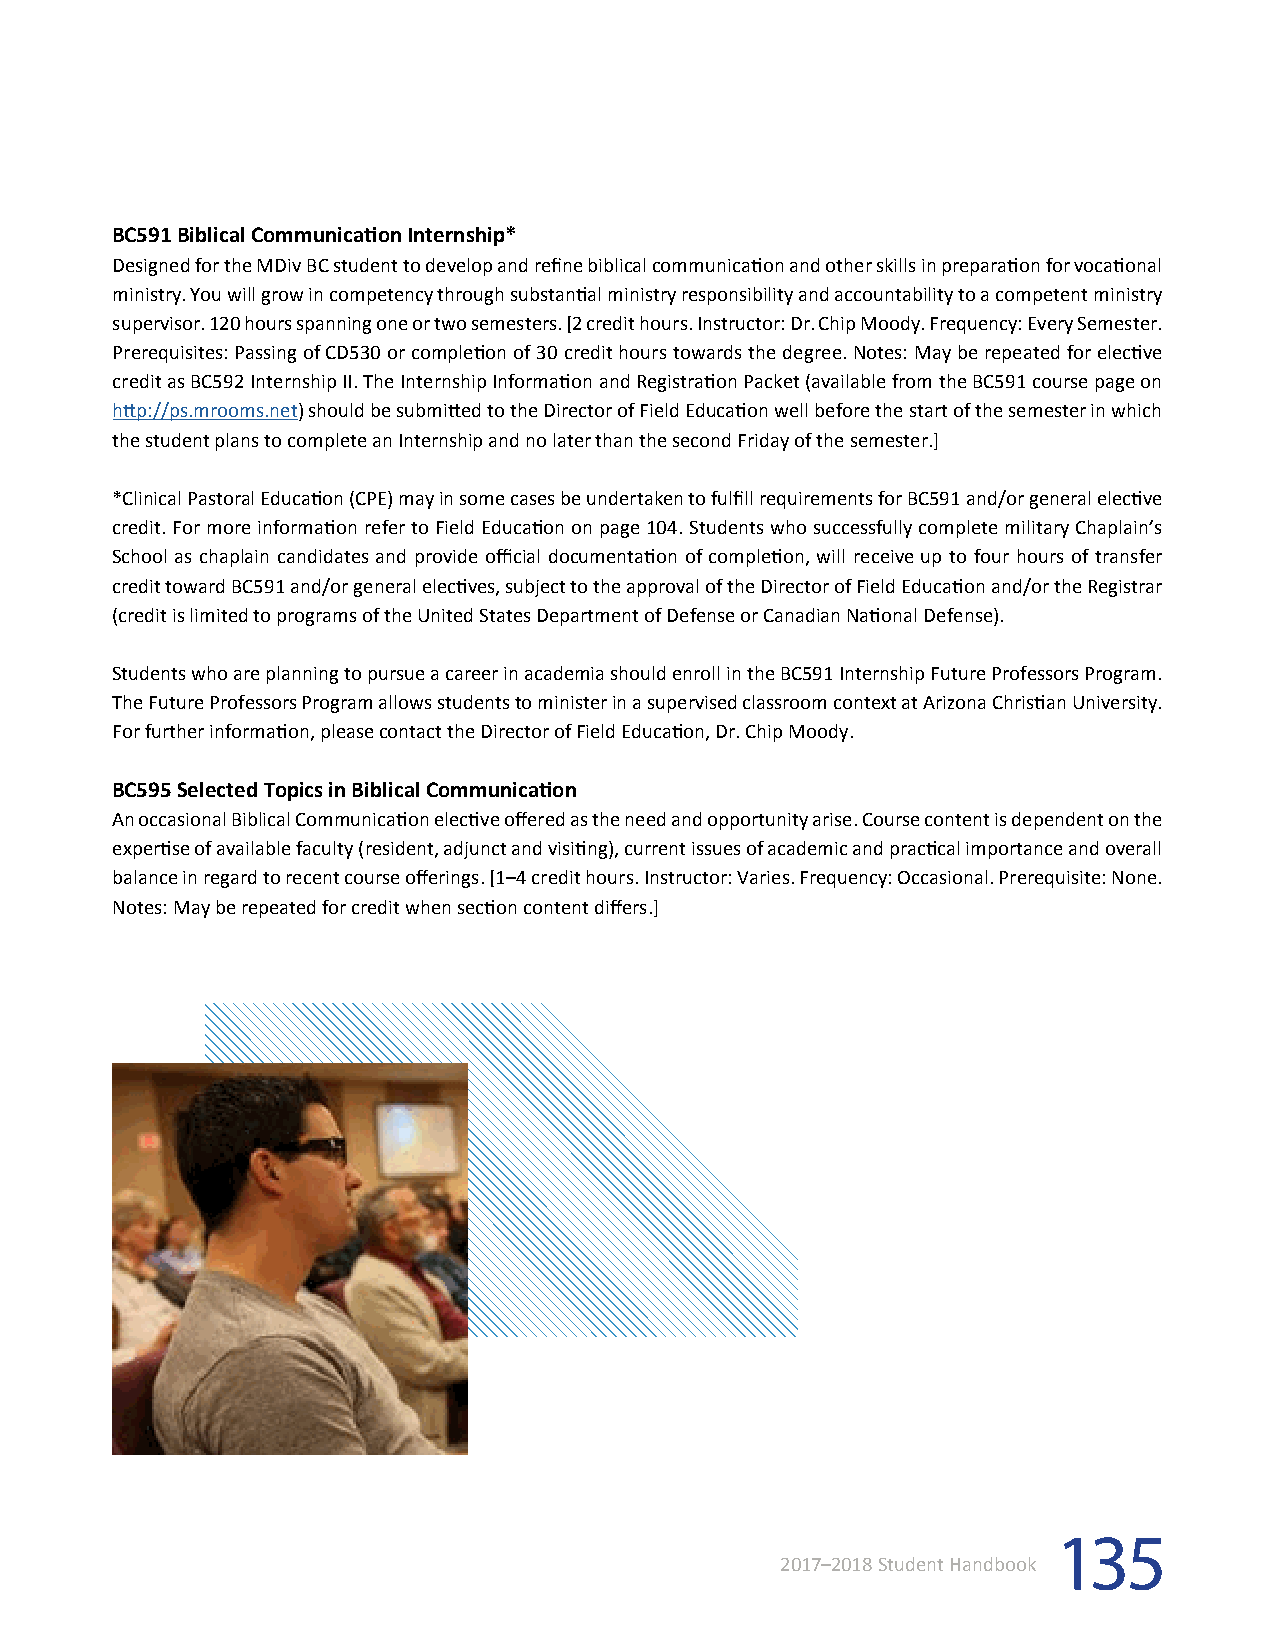
BC591 Biblical Communication Internship*
 Designed for the MDiv BC student to develop and refine biblical communication and other skills in preparation for vocational
 ministry. You will grow in competency through substantial ministry responsibility and accountability to a competent ministry
 supervisor. 120 hours spanning one or two semesters. [2 credit hours. Instructor: Dr. Chip Moody. Frequency: Every Semester.
 Prerequisites: Passing of CD530 or completion of 30 credit hours towards the degree. Notes: May be repeated for elective
 credit as BC592 Internship II. The Internship Information and Registration Packet (available from the BC591 course page on
 http://ps.mrooms.net) should be submitted to the Director of Field Education well before the start of the semester in which
 the student plans to complete an Internship and no later than the second Friday of the semester.]
 *Clinical Pastoral Education (CPE) may in some cases be undertaken to fulfill requirements for BC591 and/or general elective
 credit. For more information refer to Field Education on page 104. Students who successfully complete military Chaplain’s
 School as chaplain candidates and provide official documentation of completion, will receive up to four hours of transfer
 credit toward BC591 and/or general electives, subject to the approval of the Director of Field Education and/or the Registrar
 (credit is limited to programs of the United States Department of Defense or Canadian National Defense).
 Students who are planning to pursue a career in academia should enroll in the BC591 Internship Future Professors Program.
 The Future Professors Program allows students to minister in a supervised classroom context at Arizona Christian University.
 For further information, please contact the Director of Field Education, Dr. Chip Moody.
 BC595 Selected Topics in Biblical Communication
 An occasional Biblical Communication elective offered as the need and opportunity arise. Course content is dependent on the
 expertise of available faculty (resident, adjunct and visiting), current issues of academic and practical importance and overall
 balance in regard to recent course offerings. [1–4 credit hours. Instructor: Varies. Frequency: Occasional. Prerequisite: None.
 Notes: May be repeated for credit when section content differs.]
 135
 2017–2018 Student Handbook